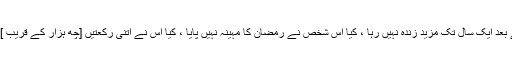
کیا یہ شخص جو بستر میں مرا ہے شہید کے بعد ایک سال تک مزید زندہ نہیں رہا ، کیا اس شخص نے رمضان کا مہینہ نہیں پایا ، کیا اس نے اتنی رکعتیں [چھ ہزار کے قریب ] فرض اور اتنی رکعتیں نفل کی نہیں پڑھی ؟